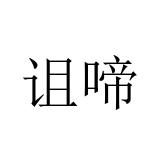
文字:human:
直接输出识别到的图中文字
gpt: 诅啼